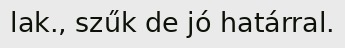
lak., szűk de jó határral.